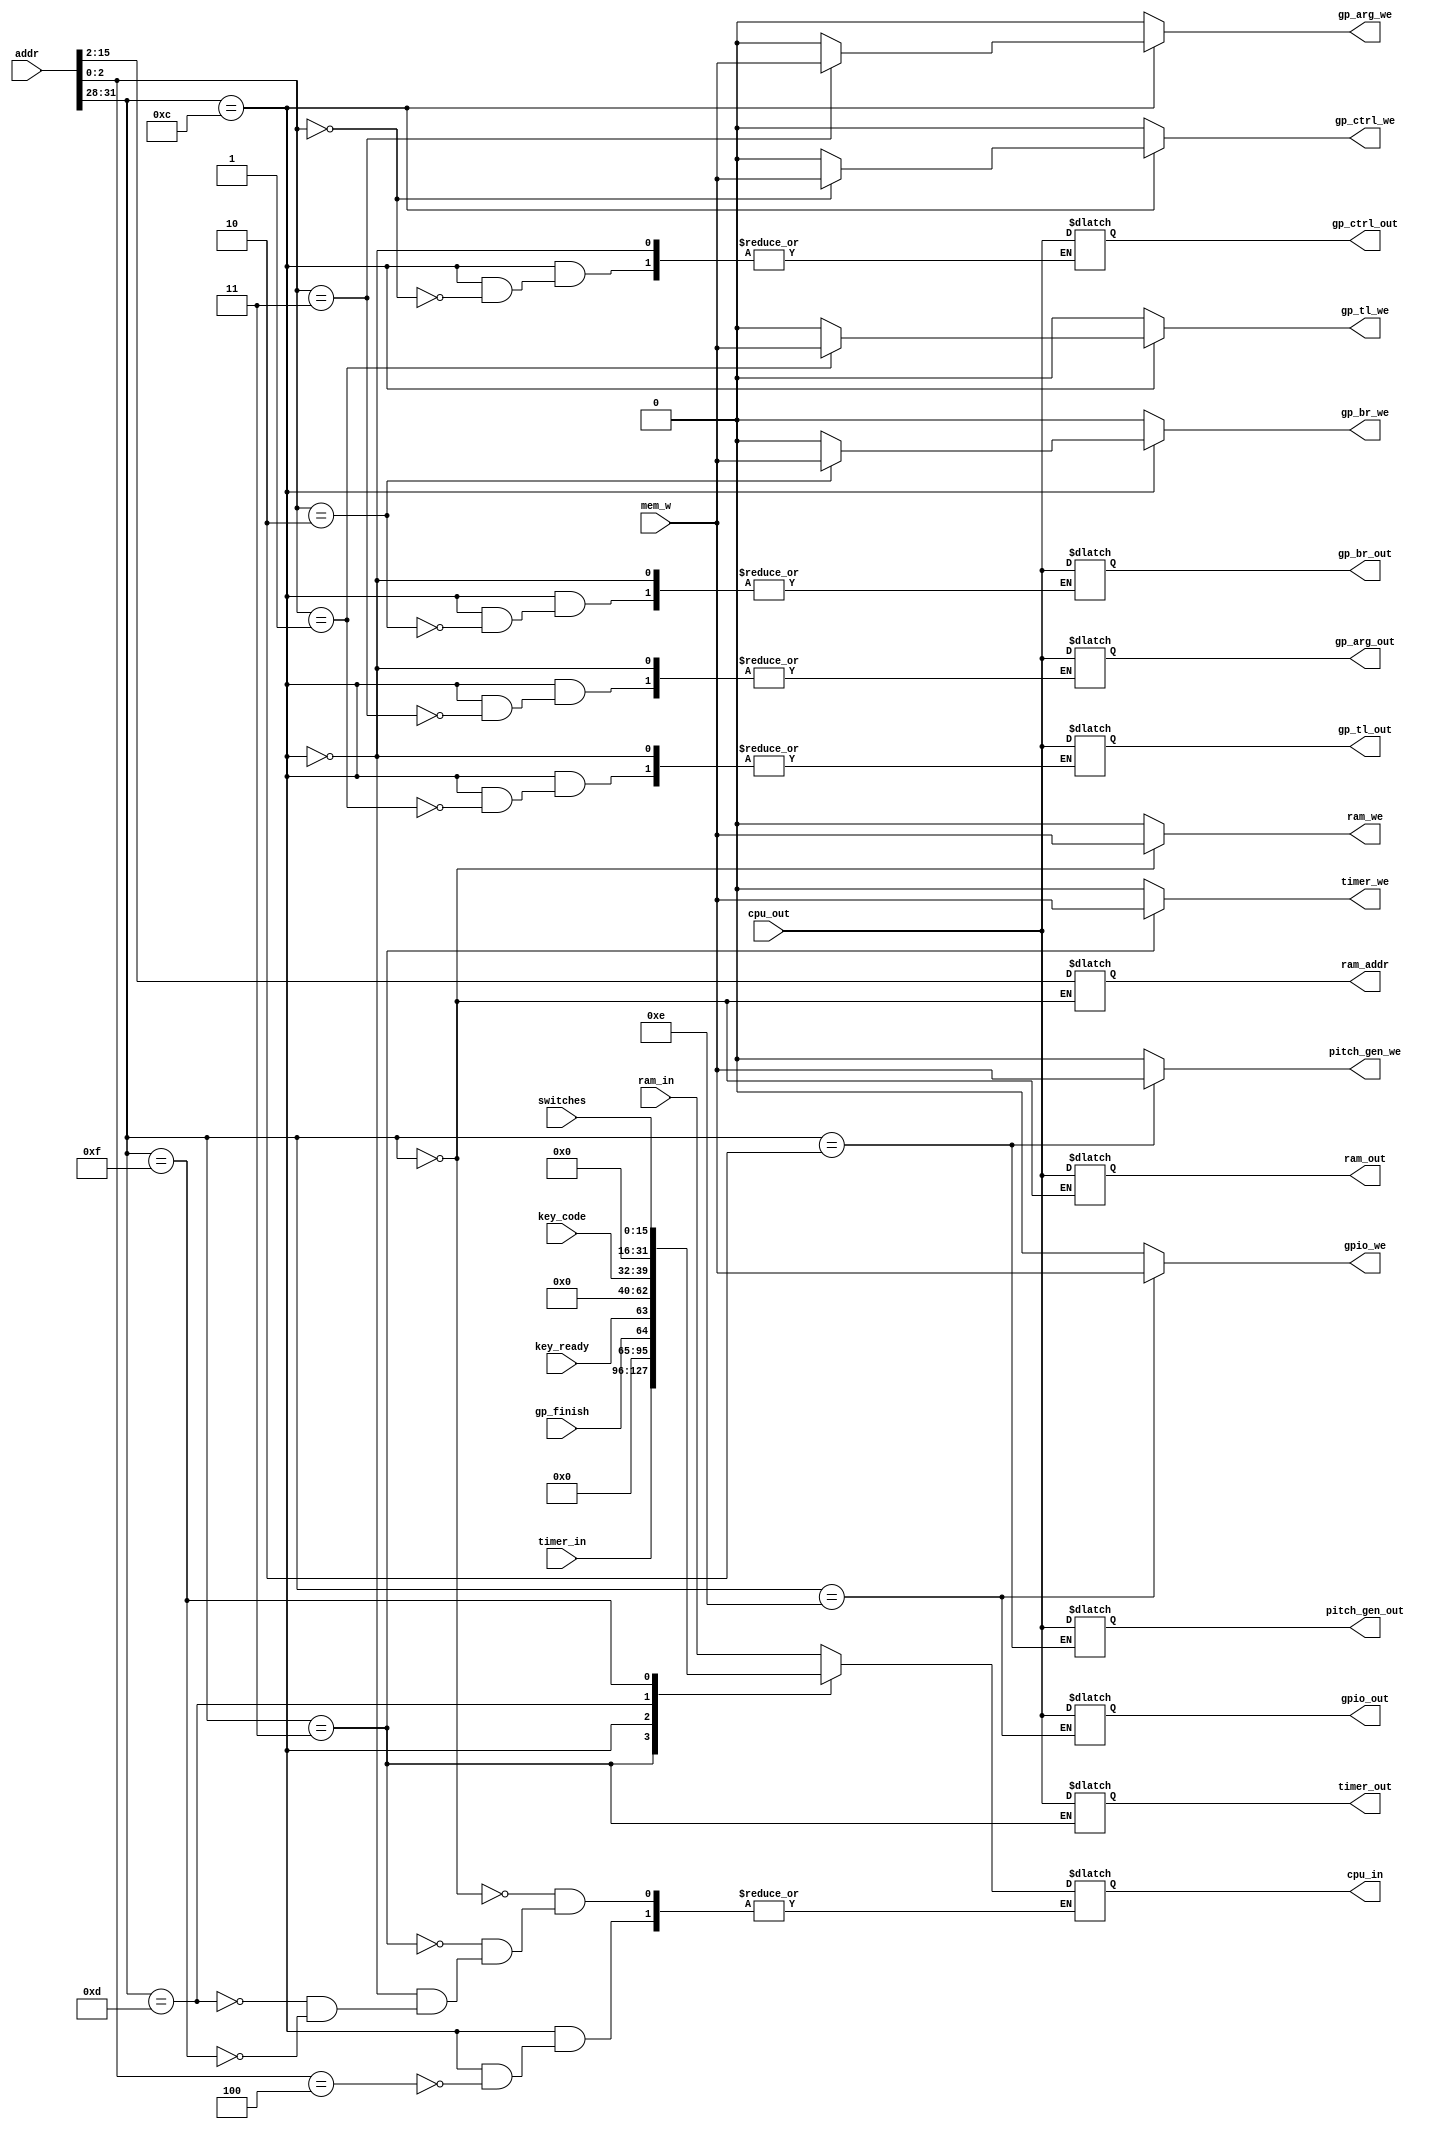
module mio_bus(
    input wire mem_w,
    input wire [15:0] switches,
    input wire [7:0] key_code,
    input wire key_ready,
    input wire [31:0] cpu_out,
    input wire [31:0] addr,
    input wire [31:0] ram_in,
    // input wire [31:0] vram_in,
    input wire [31:0] timer_in,
    // input wire [31:0] pitch_gen_in,
    input gp_finish,
    output reg [31:0] cpu_in,
    output reg [31:0] ram_out,
    // output reg [31:0] vram_out,
    output reg [31:0] pitch_gen_out,
    output reg [13:0] ram_addr,
    // output reg [17:0] vram_addr,
    output reg [31:0] gpio_out,
    output reg [31:0] gp_ctrl_out,
    output reg [31:0] gp_tl_out,
    output reg [31:0] gp_br_out,
    output reg [31:0] gp_arg_out,
    output reg [31:0] timer_out,
    output reg ram_we,
    // output reg vram_we,
    output reg pitch_gen_we,
    output reg gpio_we,
    output reg gp_ctrl_we,
    output reg gp_tl_we,
    output reg gp_br_we,
    output reg gp_arg_we,
    output reg timer_we
    );

    always @(*) begin
        gp_arg_we = 0;
        gp_br_we = 0;
        gp_ctrl_we = 0;
        gp_tl_we = 0;
        gpio_we = 0;
        pitch_gen_we = 0;
        ram_we = 0;
        timer_we = 0;

        case(addr[31:28])
            4'h0: begin // RAM I/O 00000000 - 00000ffc
                ram_we = mem_w;
                ram_addr = addr[15:2];
                ram_out = cpu_out;
                cpu_in = ram_in;
            end
            4'h3: begin // timer I/O 10000000 - 1fffffff
                cpu_in = timer_in;
                timer_out = cpu_out;
                timer_we = mem_w;
            end
            4'h2: begin // pitch generator write only 20000000-2fffffff
                pitch_gen_we = mem_w;
                pitch_gen_out = cpu_out;
                // cpu_in = pitch_gen_in;
            end
            // 4'hc: begin // VRAM write only c0000000 - c00257FF
            //     vram_we = mem_w;
            //     vram_addr = addr >> 2; // word address
            //     vram_out = cpu_out;
            //     // cpu_in = vram_in;
            // end
            4'hc: begin // graphic processor write only c0000000 - c0000004
                case(addr[2:0])
                    0: begin
                        gp_ctrl_we = mem_w;
                        gp_ctrl_out = cpu_out;
                    end
                    1: begin
                        gp_tl_we = mem_w;
                        gp_tl_out = cpu_out;
                    end
                    2: begin
                        gp_br_we = mem_w;
                        gp_br_out = cpu_out;
                    end
                    3: begin
                        gp_arg_we = mem_w;
                        gp_arg_out = cpu_out;
                    end
                    4: cpu_in = {31'b0, gp_finish};
                endcase
            end
            4'hd: begin // PS/2 read only d0000000 - dfffffff
                cpu_in = {key_ready, 23'b0, key_code};
            end
            4'he: begin // GPIO write only e0000000 - efffffff
                gpio_we = mem_w;
                gpio_out = cpu_out;
            end
            4'hf: begin // switches read only f0000000 - ffffffff
                cpu_in = {16'b0, switches};
            end            
        endcase
    end

endmodule